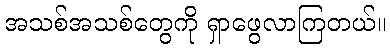
အသစ်အသစ်တွေကို ရှာဖွေလာကြတယ်။